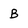
Character: B